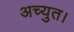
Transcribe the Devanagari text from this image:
अच्युत।